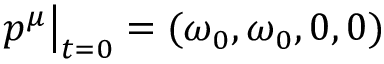
p ^ { \mu } \big | _ { t = 0 } = ( \omega _ { 0 } , \omega _ { 0 } , 0 , 0 )